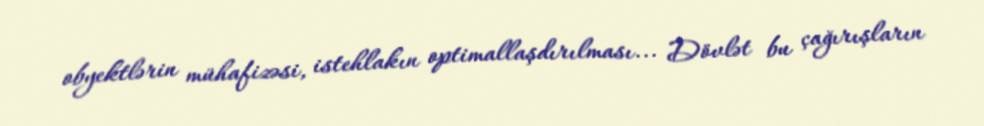
obyektlərin mühafizəsi, istehlakın optimallaşdırılması... Dövlət bu çağırışların